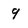
Character: 9